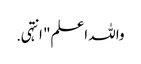
واللہ اعلم" انتہی .